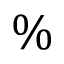
\%